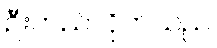
ဦးတည်လိုက်သည်